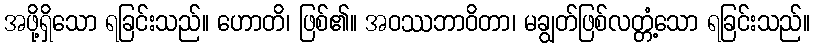
အဖို့ရှိသော ရခြင်းသည်။ ဟောတိ၊ ဖြစ်၏။ အဝဿဘာဝိတာ၊ မချွတ်ဖြစ်လတ္တံ့သော ရခြင်းသည်။